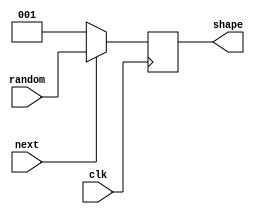
`timescale 1ns / 1ps
//////////////////////////////////////////////////////////////////////////////////
// Company: 
// Engineer: 
// 
// Design Name: 
// Module Name: nextblock
// Project Name: 
// Target Devices: 
// Tool Versions: 
// Description: 
// 
// Dependencies: 
// 
// Revision:
// Revision 0.01 - File Created
// Additional Comments:
// 
//////////////////////////////////////////////////////////////////////////////////


module nextblock(
input clk,
input next,
input [2:0] random,
output reg [2:0] shape
);

	always @ (posedge clk) begin
	 if(next) begin
             shape <= random;
       	 end
    	 else
            shape <= 1;
	end
	endmodule